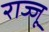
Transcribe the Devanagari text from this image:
राज्जू